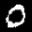
Label: 0